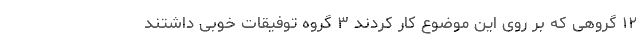
۱۲ گروهی که بر روی این موضوع کار کردند ۳ گروه توفیقات خوبی داشتند